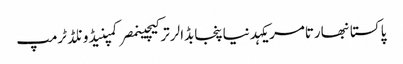
پاکستانبھارتامریکہدنیاپنجابڈالرترکیچینمصرکمپنیڈونلڈ ٹرمپ